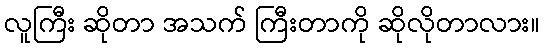
လူကြီး ဆိုတာ အသက် ကြီးတာကို ဆိုလိုတာလား။